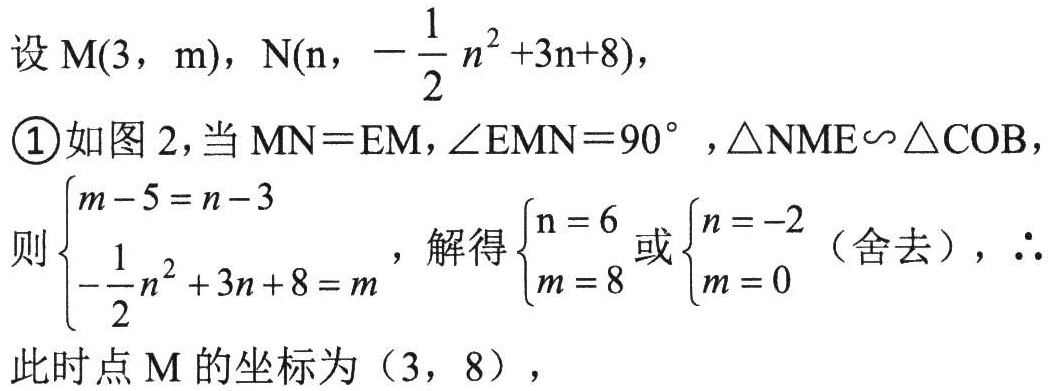
设\(M(3,m)\)，\(N(n,-\frac{1}{2}n^{2}+3n + 8)\)，
\textcircled{1}如图2，当\(MN = EM\)，\(\angle EMN = 90^{\circ}\)，\(\triangle NME\backsim\triangle COB\)，
则\(\begin{cases}m - 5 = n - 3\\-\frac{1}{2}n^{2}+3n + 8 = m\end{cases}\)，解得\(\begin{cases}n = 6\\m = 8\end{cases}\)或\(\begin{cases}n = -2\\m = 0\end{cases}\)（舍去），\(\therefore\)此时点\(M\)的坐标为\((3,8)\)，